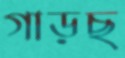
গাড়ছ